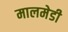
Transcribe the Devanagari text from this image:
मालमेडी